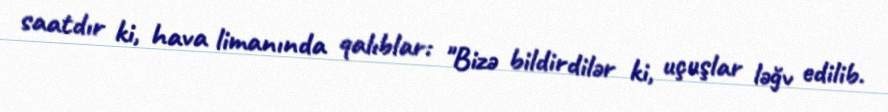
saatdır ki, hava limanında qalıblar: "Bizə bildirdilər ki, uçuşlar ləğv edilib.